Insane asylums in Bengal annual reports 1867-1875 - 1867-1875
Year: 1867
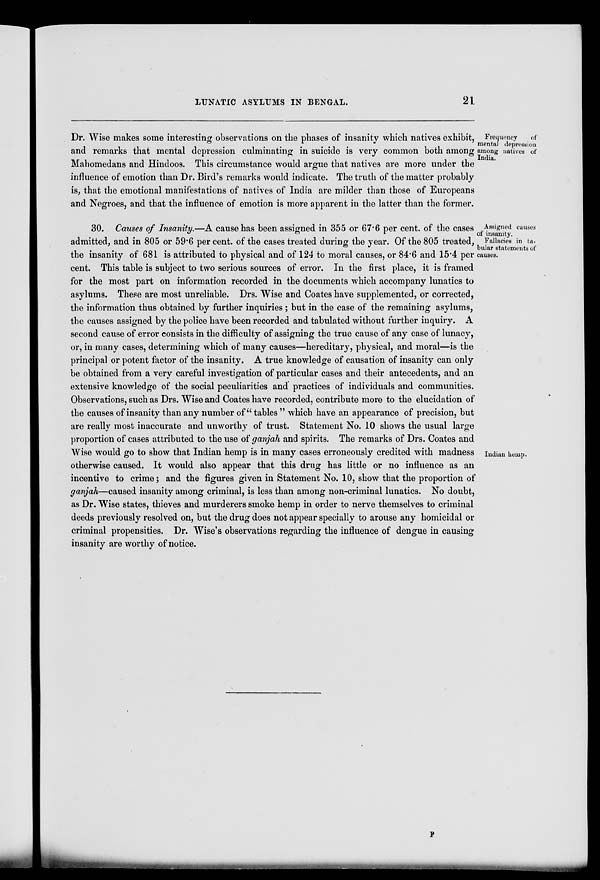
LUNATIC ASYLUMS IN BENGAL.
21
Frequency
of
mental depression
among natives of
India.
Dr. Wise makes some interesting observations on the phases of insanity which natives exhibit,
and remarks that mental depression culminating in suicide is very common both among
Mahomedans and Hindoos. This circumstance would argue that natives are more under the
influence of emotion than Dr. Bird's remarks would indicate. The truth of the matter probably
is, that the emotional manifestations of natives of India are milder than those of Europeans
and Negroes, and that the influence of emotion is more apparent in the latter than the former.
Assigned causes
of insanity.
Fallacies in ta-
bular statements of
causes.
30. Causes of Insanity.—A cause has been assigned in 355 or 67.6 per cent. of the cases
admitted, and in 805 or 59.6 per cent. of the cases treated during the year. Of the 805 treated,
the insanity of 681 is attributed to physical and of 124 to moral causes, or 84.6 and 15.4 per
cent. This table is subject to two serious sources of error. In the first place, it is framed
for the most part on information recorded in the documents which accompany lunatics to
asylums. These are most unreliable. Drs. Wise and Coates have supplemented, or corrected,
the information thus obtained by further inquiries ; but in the case of the remaining asylums,
the causes assigned by the police have been recorded and tabulated without further inquiry. A
second cause of error consists in the difficulty of assigning the true cause of any case of lunacy,
or, in many cases, determining which of many causes—hereditary, physical, and moral—is the
principal or potent factor of the insanity. A true knowledge of causation of insanity can only
be obtained from a very careful investigation of particular cases and their antecedents, and an
extensive knowledge of the social peculiarities and practices of individuals and communities.
Observations, such as Drs. Wise and Coates have recorded, contribute more to the elucidation of
the causes of insanity than any number of" tables " which have an appearance of precision, but
are really most inaccurate and unworthy of trust. Statement No. 10 shows the usual large
proportion of cases attributed to the use of ganjah and spirits. The remarks of Drs. Coates and
Indian hemp.
Wise would go to show that Indian hemp is in many cases erroneously credited with madness
otherwise caused. It would also appear that this drug has little or no influence as an
incentive to crime; and the figures given in Statement No. 10, show that the proportion of
ganjah—caused insanity among criminal, is less than among non-criminal lunatics. No doubt,
as Dr. Wise states, thieves and murderers smoke hemp in order to nerve themselves to criminal
deeds previously resolved on, but the drug does not appear specially to arouse any homicidal or
criminal propensities. Dr. Wise's observations regarding the influence of dengue in causing
insanity are worthy of notice.
F